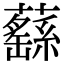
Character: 蘨